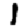
Digit: 1